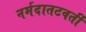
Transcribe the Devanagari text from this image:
नर्मदातटवर्ती